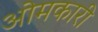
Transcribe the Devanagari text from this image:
ओमकारी